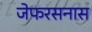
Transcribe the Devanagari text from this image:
जेफरसनास